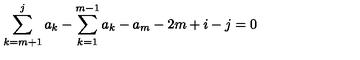
\sum _ { k = m + 1 } ^ { j } a _ { k } - \sum _ { k = 1 } ^ { m - 1 } a _ { k } - a _ { m } - 2 m + i - j = 0